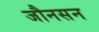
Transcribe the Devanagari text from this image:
जौनसन